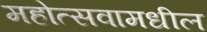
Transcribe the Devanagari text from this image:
महोत्सवामधील